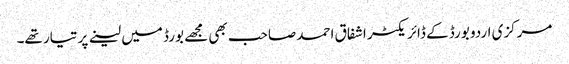
مرکزی اردو بورڈ کے ڈائریکٹر اشفاق احمد صاحب بھی مجھے بورڈ میں لینے پر تیار تھے۔